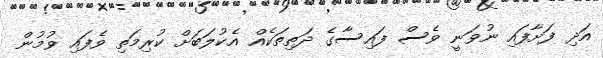
އަދި ފަށާފައި ނުވަނީ ވެސް ފައިސާގެ ދަތިތަކެއް އެކުލަބަށް ކުރިމަތި ވެފައި ވުމުން